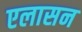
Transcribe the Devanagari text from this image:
एलासन